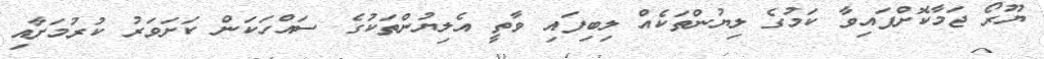
ޔޫރޯ ޖަމާކޮށްފައިވާ ކަމުގެ ލިޔުންތަކެއް ލިބިފައި ވާތީ އެލިޔުންތަކުގެ ސައްހަކަން ކަށަވަރު ކުރުމަށާއި